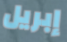
إبريل